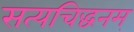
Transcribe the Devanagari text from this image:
सत्यचिद्धनम्